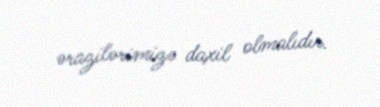
ərazilərimizə daxil olmalıdır.